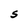
Character: S